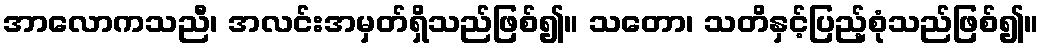
အာလောကသညီ၊ အလင်းအမှတ်ရှိသည်ဖြစ်၍။ သတော၊ သတိနှင့်ပြည့်စုံသည်ဖြစ်၍။